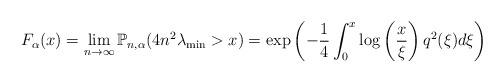
LaTeX: \begin{align*} F_{\alpha} (x)=\lim_{n\to\infty} \mathbb{P}_{n,\alpha}(4 n^2 \lambda_{\mathrm{min}} > x ) = \exp\left( - \frac{1}{4} \int_0^x \log\left(\frac{x}{\xi}\right) q^2(\xi) d\xi \right)\end{align*}